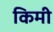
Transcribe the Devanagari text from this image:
किमी